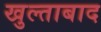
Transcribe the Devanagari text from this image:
खुल्ताबाद